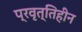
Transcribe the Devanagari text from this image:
प्रवृत्तिहीन